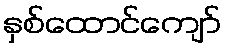
နှစ်ထောင်ကျော်